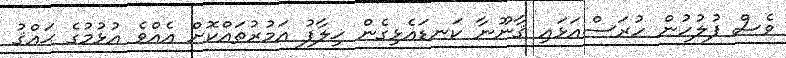
ވެސް ފުލުހުން ހުރަސްއަޅައި ޤާނޫނާ ކަނޑައެޅިގެން ޚިލާފު އަމުރުތައްކޮށް އެއްވެ އުޅުމުގެ ޙައްޤު